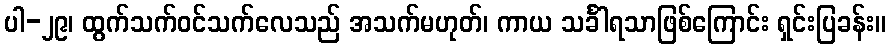
ပါ-၂၉၊ ထွက်သက်ဝင်သက်လေသည် အသက်မဟုတ်၊ ကာယ သင်္ခါရသာဖြစ်ကြောင်း ရှင်းပြခန်း။